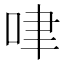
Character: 㖀